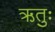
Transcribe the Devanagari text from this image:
ऋतुः